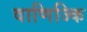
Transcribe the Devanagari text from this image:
वाणिज्कि